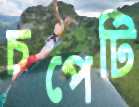
চপেটি